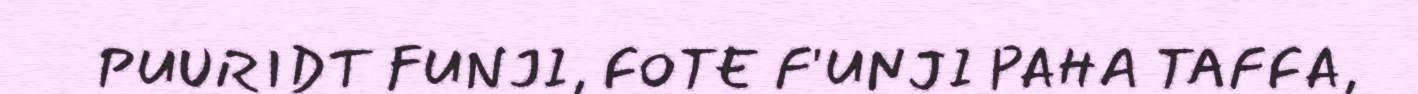
PUURIDT FUNJI, FOTE F'UNJI PAHA TAFFA,